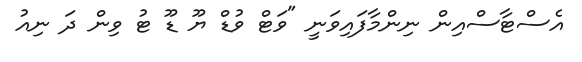
އެސްޓާސްއިން ނިންމާފައިވަނީ "ވަޓް ވުޑް ޔޫ ޑޫ ޓު ވިން ދަ ނިއު